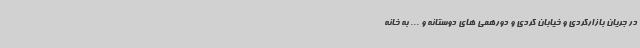
در جریان بازارگردی و خیابان گردی و دورهمی های دوستانه و ... به خانه